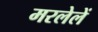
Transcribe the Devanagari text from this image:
मरलेलें